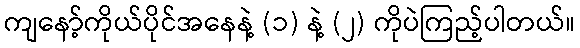
ကျနော့်ကိုယ်ပိုင်အနေနဲ့ (၁) နဲ့ (၂) ကိုပဲကြည့်ပါတယ်။